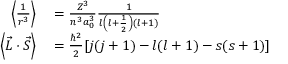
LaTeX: \begin{array} { r l } { \left\langle { \frac { 1 } { r ^ { 3 } } } \right\rangle } & { { } = { \frac { Z ^ { 3 } } { n ^ { 3 } a _ { 0 } ^ { 3 } } } { \frac { 1 } { l \left( l + { \frac { 1 } { 2 } } \right) ( l + 1 ) } } } \\ { \left\langle { \vec { L } } \cdot { \vec { S } } \right\rangle } & { { } = { \frac { \hbar ^ { 2 } } { 2 } } [ j ( j + 1 ) - l ( l + 1 ) - s ( s + 1 ) ] } \end{array}